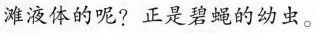
滩液体的呢? 正是碧蝇的幼虫。